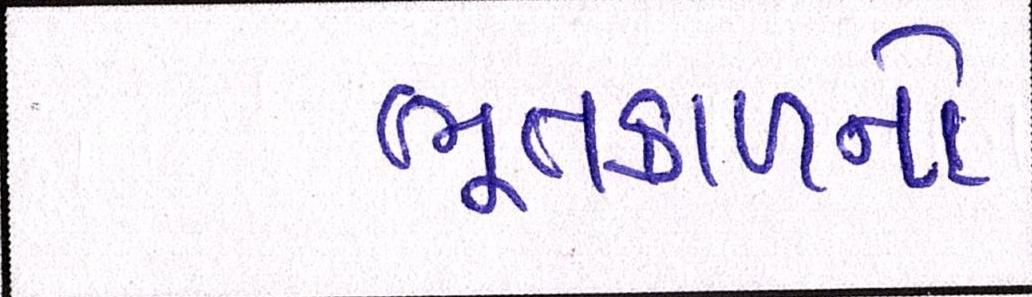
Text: ભૂતકાળનો